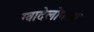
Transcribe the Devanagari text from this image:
ग्वादेलोपला